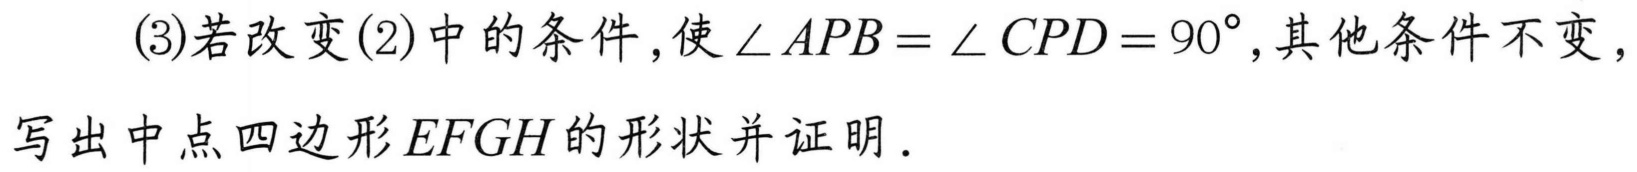
(3)若改变(2)中的条件，使\(\angle APB=\angle CPD = 90^{\circ}\)，其他条件不变，写出中点四边形\(EFGH\)的形状并证明．